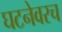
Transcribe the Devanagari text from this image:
घटनेवरच